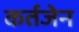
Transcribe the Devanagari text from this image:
कर्तजेन